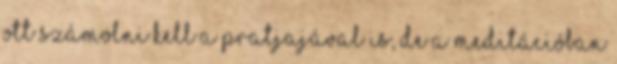
ott számolni kell a pratjajával is, de a meditációban